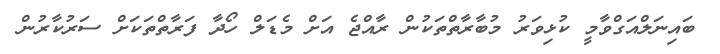
ބައިނަލްއަގްވާމީ ކުޅިވަރު މުބާރާތްތަކުން ރާއްޖެ އަށް މެޑަލް ހޯދާ ފަރާތްތަކަށް ސަރުކާރުން